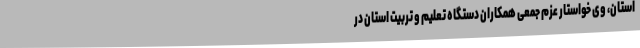
استان، وی خواستار عزم جمعی همکاران دستگاه تعلیم و تربیت استان در